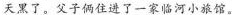
天黑了。父子俩住进了一家临河小旅馆。